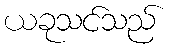
ယခုသင်သည်